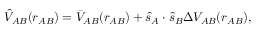
\begin{array} { r } { \hat { V } _ { A B } ( r _ { A B } ) = \bar { V } _ { A B } ( r _ { A B } ) + \hat { s } _ { A } \cdot \hat { s } _ { B } \Delta V _ { A B } ( r _ { A B } ) , } \end{array}